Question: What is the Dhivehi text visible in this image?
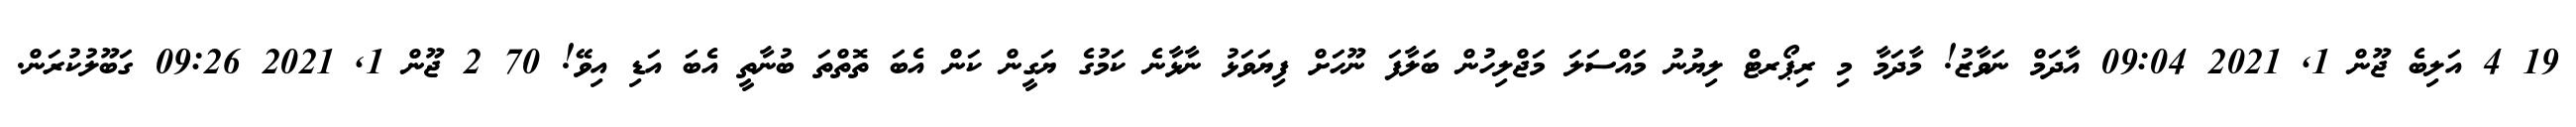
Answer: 19 4 އަލިބެ ޖޫން 1, 2021 09:04 އާދަމް ނަވާޒު! މާދަމާ މި ރިޕޯރޓް ލިޔުނު މައްސަލަ މަޖްލިހުން ބަލާފަ ނޫހަށް ފިޔަވަޅު ނާޅާނެ ކަމުގެ ޔަގީން ކަން އެބަ ތޮތްތަ ބުނާތީ އެބަ އަޑި އިވޭ! 70 2 ޖޫން 1, 2021 09:26 ގަބޫލުކުރަން.